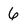
Character: 6